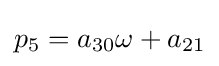
p_{5}=a_{30}\omega +a_{21}